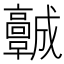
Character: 𩫨